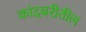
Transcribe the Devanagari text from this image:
कांदबरीतील